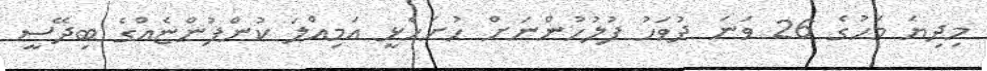
މިދިޔަ މަހުގެ 26 ވަނަ ދުވަހު ފުލުހުންނަށް ހުށަހެޅީ އަމިއްލަ ކުންފުންޏެއްގެ ބިދޭސީ